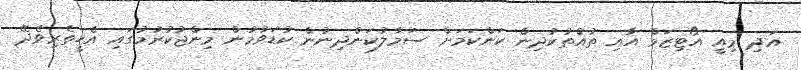
އަދި މިއީ އޯޓިޒަމް އާއި ތުއްތުކުދިން ކަންކަމަށް ސަމާލުކަންދިނުން ކުޑަވުމުން މިންޖުކުރުމުގައި އެހީތެރިވެދޭ